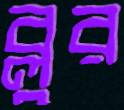
ব্লুর